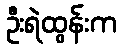
ဦးရဲထွန်းက